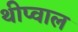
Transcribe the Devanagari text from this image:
थीप्वाल